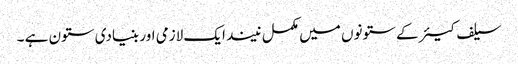
سیلف کیئر کے ستونوں میں مکمل نیند ایک لازمی اور بنیادی ستون ہے ۔